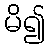
မိ၍